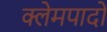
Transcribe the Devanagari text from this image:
क्लेमपादों